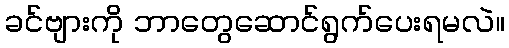
ခင်ဗျားကို ဘာတွေဆောင်ရွက်ပေးရမလဲ။